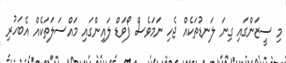
މި ސީޒަންގައި ގިނަ ލަނޑުތަކެއް ޖެހި ނަަމަވެސް ފޯވަޑް ލައިންގައި މައްސަލަތަކެއް އެބަހުރި